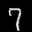
Label: 7